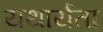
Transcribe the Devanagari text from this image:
यथार्यता